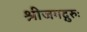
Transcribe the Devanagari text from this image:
श्रीजगद्गुरुः